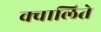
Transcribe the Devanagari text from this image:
क्वालिते